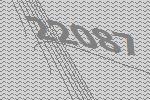
22087